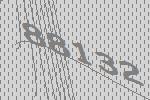
88132